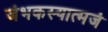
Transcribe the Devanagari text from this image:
जंभकस्यात्मजं